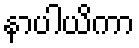
နာပါယိကာ